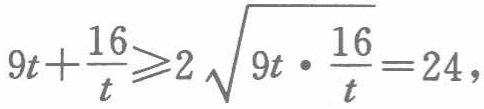
$9t+\frac{16}{t}\geqslant 2\sqrt{9t\cdot \frac{16}{t}} = 24,$